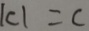
\vert c \vert = c